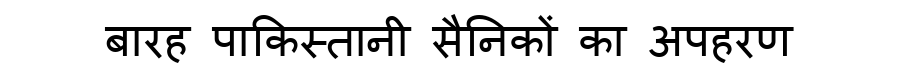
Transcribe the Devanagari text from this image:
बारह पाकिस्तानी सैनिकों का अपहरण